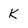
Character: K